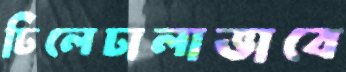
ঢিলেঢালাভাবে